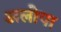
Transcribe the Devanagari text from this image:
अलोपा